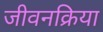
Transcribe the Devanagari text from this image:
जीवनक्रिया